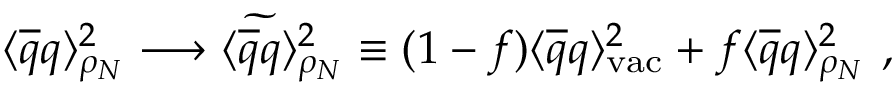
\langle \overline { { { q } } } q \rangle _ { \rho _ { N } } ^ { 2 } \longrightarrow \langle \widetilde { \overline { { { q } } } q } \rangle _ { \rho _ { N } } ^ { 2 } \equiv ( 1 - f ) \langle \overline { { { q } } } q \rangle _ { \mathrm { v a c } } ^ { 2 } + f \langle \overline { { { q } } } q \rangle _ { \rho _ { N } } ^ { 2 } \ ,